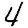
Digit: 4